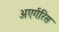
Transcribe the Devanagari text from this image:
अएर्गरिस